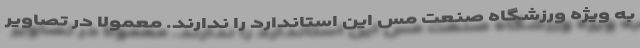
به ویژه ورزشگاه صنعت مس این استاندارد را ندارند. معمولاً در تصاویر